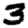
Digit: 3